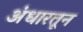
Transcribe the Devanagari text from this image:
अंधारतून